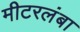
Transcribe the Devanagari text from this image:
मीटरलंबा